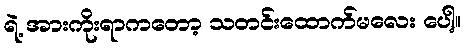
ရဲ့ အားကိုးရာကတော့ သတင်းထောက်မလေး ပေါ့။